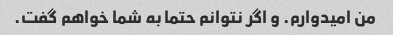
من امیدوارم. و اگر نتوانم حتما به شما خواهم گفت.